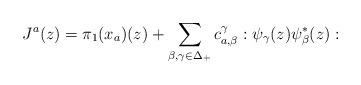
LaTeX: \begin{align*}J^a(z)={\pi}_1(x_a)(z)+\sum_{\beta,\gamma\in \Delta_+}c_{a,\beta}^\gamma :\psi_{\gamma}(z)\psi_{\beta}^*(z):\end{align*}